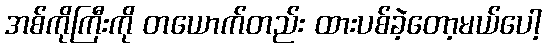
အစ်ကိုကြီးကို တယောက်တည်း ထားပစ်ခဲ့တော့မယ်ပေါ့